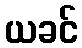
ယခင်